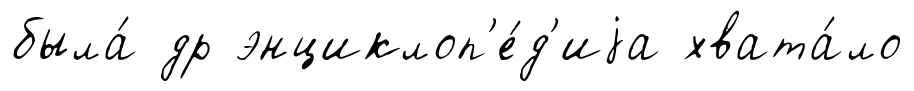
была́ др энциклоп'е́д'иjа хвата́ло